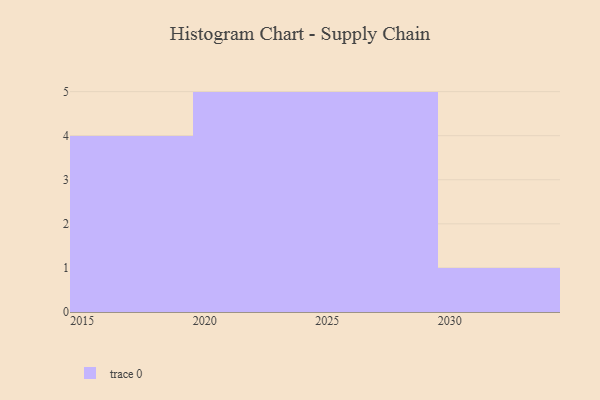
{"axis": {"x": "Year", "y": "Revenue (USD Million)"}, "legend": [""], "data": [{"x": "2017", "y": 27, "type": ""}, {"x": "2025", "y": 8, "type": ""}, {"x": "2024", "y": 15, "type": ""}, {"x": "2029", "y": 73, "type": ""}, {"x": "2015", "y": 50, "type": ""}, {"x": "2023", "y": 32, "type": ""}, {"x": "2030", "y": 78, "type": ""}, {"x": "2020", "y": 53, "type": ""}, {"x": "2022", "y": 6, "type": ""}, {"x": "2019", "y": 76, "type": ""}, {"x": "2018", "y": 6, "type": ""}, {"x": "2026", "y": 96, "type": ""}, {"x": "2021", "y": 73, "type": ""}, {"x": "2027", "y": 42, "type": ""}, {"x": "2028", "y": 46, "type": ""}]}